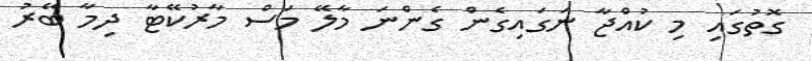
ގޮތުގައި މި ކުއްޖާ ނަގައިގެން ގެންނަ މާލޭ މަސް މާރުކޭޓާ ދިމާ ބޭރު